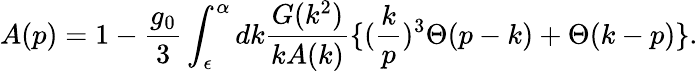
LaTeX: A(p)=1-\frac{g_{0}}{3}\int_{\epsilon}^{\alpha}dk\frac{G(k^{2})}{kA(k)}\{ (\frac{k}{p})^{3}\Theta(p-k)+\Theta(k-p)\} .